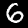
Digit: 6